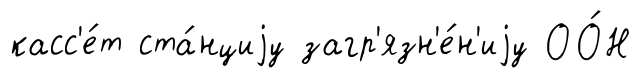
касс'е́т ста́нциjу загр'язн'е́н'иjу ОО́Н